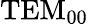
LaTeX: \textnormal{TEM}_{00}